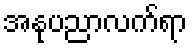
အနုပညာလက်ရာ